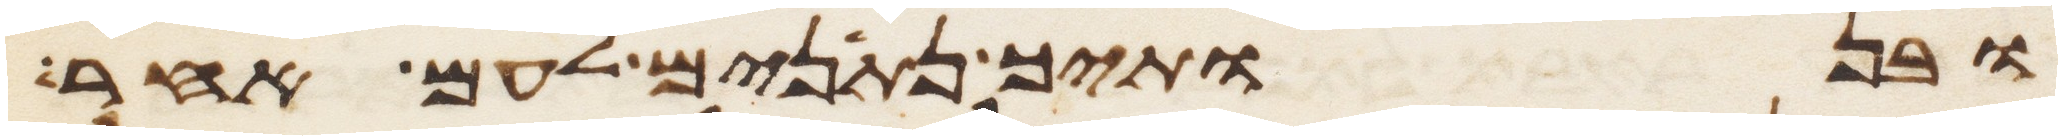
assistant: ובנתיך נתנים לעם אחר